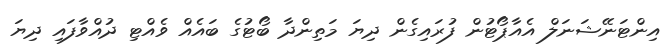
އިންޓަނޭޝަނަލް އެއާޕޯޓުން ފުރައިގެން ދިޔަ މަތިންދާ ބޯޓުގެ ބައެއް ވެއްޓި ދުއްވާފައި ދިޔަ